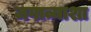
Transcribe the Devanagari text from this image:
जगाव्याशा